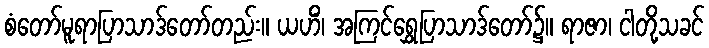
စံတော်မူရာပြာသာဒ်တော်တည်း။ ယဟိံ၊ အကြင်ရွှေပြာသာဒ်တော်၌။ ရာဇာ၊ ငါတို့သခင်